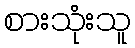
စားသုံးသူ